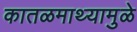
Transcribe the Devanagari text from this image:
कातळमाथ्यामुळे